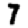
Digit: 7